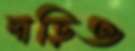
দাড়িও